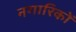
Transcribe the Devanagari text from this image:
नगारिकों